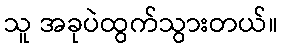
သူ အခုပဲထွက်သွားတယ်။